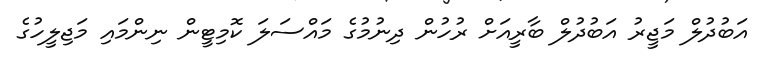
އަބުދުލް މަޖީރު އަބުދުލް ބާރީއަށް ރުހުން ދިނުމުގެ މައްސަލަ ކޮމިޓީން ނިންމައި މަޖިލީހުގެ